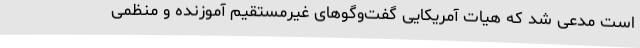
است مدعی شد که هیات آمریکایی گفت‌وگوهای غیرمستقیم آموزنده و منظمی